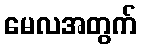
မေလအတွက်